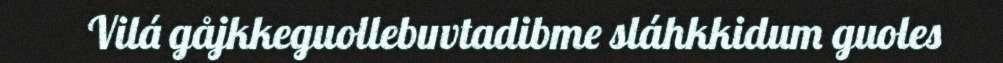
Vilá gåjkkeguollebuvtadibme sláhkkidum guoles